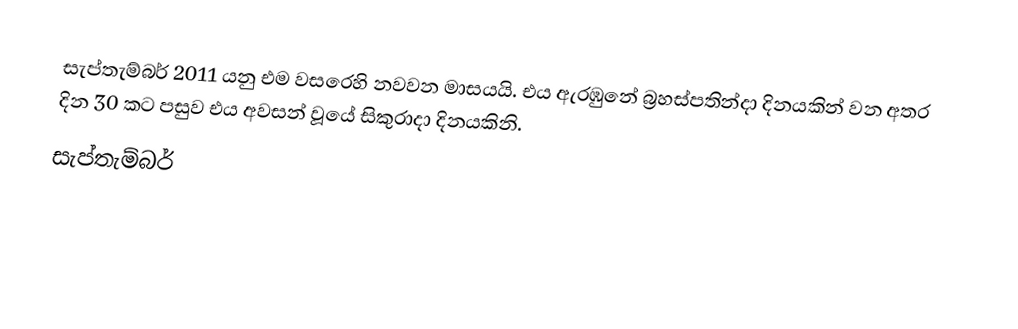
සැප්තැම්බර් 2011 යනු එම වසරෙහි නවවන මාසයයි. එය ඇරඹුනේ බ්‍රහස්පතින්දා දිනයකින් වන අතර දින 30 කට පසුව එය අවසන් වූයේ සිකුරාදා දිනයකිනි.
සැප්තැම්බර්